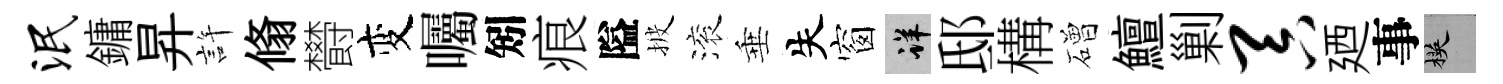
泯鏞昇許翛欎变囑矧痕隘披滚垂失窗详邸構磳鱣剿吞廼事楧